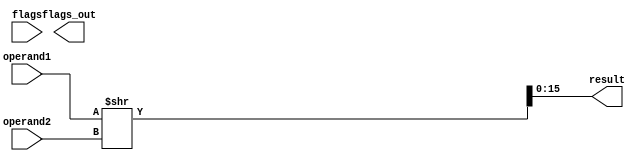
module Flags(
    flags, flags_out,
    operand1, operand2, result
);
    input[15:0] operand1, operand2;
    output [15:0] result;
    input [2:0] flags;
    output [2:0] flags_out;
    assign {flags_out[1], result} = operand1>>operand2;
endmodule